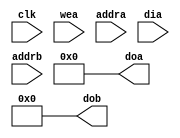
`timescale 1ns / 1ps
//////////////////////////////////////////////////////////////////////////////////
// Company:  Twist Bioscience, Inc.
// 
// Design Name:    OK_Q
// Module Name:    dpram128K_a16_b256
// Project Name:   OK_Q
// Target Devices: Spartan 6
// Tool versions:  ISE 14.7 
// Description: Dual port memory for storing bitmap data. Written
//              by USB interface and read internally by column advances. Sixteen
//              bits on USB side, 256 bits on application side. 
//              Do the selection for reading with a delayed/registered address.
//
//  128 K Bytes => 64 K 16 bit words        4 K 256 bit words
//                Having 4096 locations means we can store 1 swatch
//						for Titin.  Uses 64 RAM blocks.
//
//                Trying using automatic IPGEN version, have to add source of the .xco file
//
// Revision 1.0 - File Created
// Additional Comments: 
//
//////////////////////////////////////////////////////////////////////////////////
module dpram132K_a16_b256(
    input          clk,
    input          wea,
    input  [14:0]  addra,
    input  [15:0]  dia,
    output [15:0]  doa,
    input  [11:0]  addrb,
    output [255:0] dob
    );

assign dob = 0;
assign doa = 0;
/*Bitmap_Memory dpram0 (
  .clka(clk), .wea(wea),  .addra(addra), .dina(dia), .douta(doa),   
  .clkb(clk), .web(1'b0), .addrb(addrb), .dinb(),    .doutb(dob) );
*/
endmodule